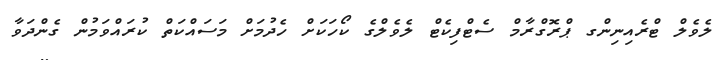
ލެވެލް ޓްރެއިނިންގ ޕްރޮގްރާމް ސެޓްފިކެޓް ލެވެލްގެ ކޯހަކަށް ހެދުމަށް މަސައްކަތް ކުރައްވަމުން ގެންދަވާ